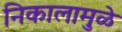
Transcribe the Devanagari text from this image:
निकालामुळे